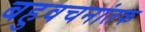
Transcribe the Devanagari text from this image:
बहुवचनांतक